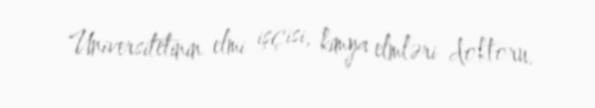
Universitetinin elmi işçisi, kimya elmləri doktoru.